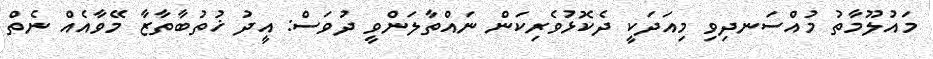
މައުލޫމާތު މުއްސަނދިވި މިއަދަކީ ދެކޮޅުވެރިކަން ނައްތާލަންވީ ދުވަސް: އީދު ޚުތުބާތާޒާ މޭވާއެއް ނެތް